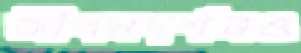
জীবনদর্শনও